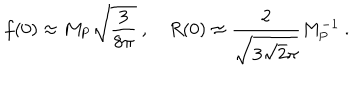
LaTeX: f ( 0 ) \approx M _ { \mathrm { P } } \sqrt { \frac { 3 } { 8 \pi } } \ , ~ R ( 0 ) \approx { \frac { 2 } { \sqrt { 3 \sqrt 2 \pi } } } M _ { \mathrm { P } } ^ { - 1 } \ .